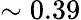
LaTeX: \sim 0.39